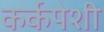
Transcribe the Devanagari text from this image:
कर्कपेशी